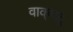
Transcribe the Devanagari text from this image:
वाक्‌पटु